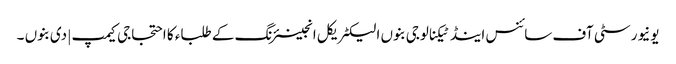
یونیورسٹی آف سائنس اینڈ ٹیکنالوجی بنوں الیکٹریکل انجینئرنگ کے طلباء کا احتجاجی کیمپ | دی بنوں ۔